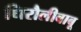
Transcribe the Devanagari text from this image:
धिरौलीबाबू